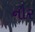
નૌર